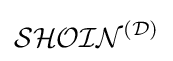
{\mathcal {SHOIN}}^{\mathcal {(D)}}